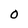
Character: O